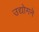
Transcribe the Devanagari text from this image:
उद्योगने